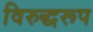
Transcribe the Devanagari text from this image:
विरुद्धरूप